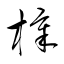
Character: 樟